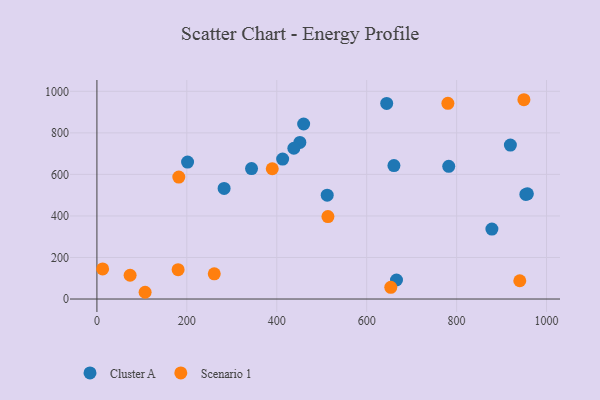
{"axis": {"x": "Investment", "y": "Salary"}, "legend": ["Cluster A", "Scenario 1"], "data": [{"x": "782.5", "y": 638.7, "type": "Cluster A"}, {"x": "451.4", "y": 754.1, "type": "Cluster A"}, {"x": "644.5", "y": 941.5, "type": "Cluster A"}, {"x": "201.6", "y": 659.2, "type": "Cluster A"}, {"x": "666.3", "y": 91.6, "type": "Cluster A"}, {"x": "512.2", "y": 499.9, "type": "Cluster A"}, {"x": "459.8", "y": 842.6, "type": "Cluster A"}, {"x": "954.0", "y": 503.4, "type": "Cluster A"}, {"x": "878.5", "y": 336.8, "type": "Cluster A"}, {"x": "438.0", "y": 725.8, "type": "Cluster A"}, {"x": "413.1", "y": 673.7, "type": "Cluster A"}, {"x": "919.6", "y": 741.4, "type": "Cluster A"}, {"x": "282.9", "y": 532.3, "type": "Cluster A"}, {"x": "957.4", "y": 506.4, "type": "Cluster A"}, {"x": "660.6", "y": 642.4, "type": "Cluster A"}, {"x": "343.9", "y": 627.8, "type": "Cluster A"}, {"x": "180.6", "y": 141.3, "type": "Scenario 1"}, {"x": "261.0", "y": 121.4, "type": "Scenario 1"}, {"x": "949.7", "y": 959.5, "type": "Scenario 1"}, {"x": "653.6", "y": 56.4, "type": "Scenario 1"}, {"x": "12.7", "y": 144.7, "type": "Scenario 1"}, {"x": "182.1", "y": 587.0, "type": "Scenario 1"}, {"x": "940.5", "y": 88.0, "type": "Scenario 1"}, {"x": "107.2", "y": 32.5, "type": "Scenario 1"}, {"x": "780.6", "y": 942.3, "type": "Scenario 1"}, {"x": "513.8", "y": 397.1, "type": "Scenario 1"}, {"x": "73.8", "y": 114.4, "type": "Scenario 1"}, {"x": "390.0", "y": 627.1, "type": "Scenario 1"}]}